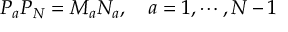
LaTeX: P _ { a } P _ { N } = M _ { a } N _ { a } , \ \ \ a = 1 , \cdots , N - 1